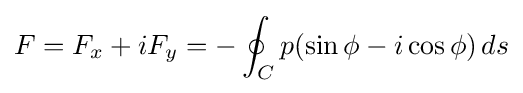
F=F_{x}+iF_{y}=-\oint _{C}p(\sin \phi -i\cos \phi )\,ds